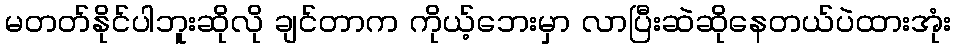
မတတ်နိုင်ပါဘူးဆိုလို ချင်တာက ကိုယ့်ဘေးမှာ လာပြီးဆဲဆိုနေတယ်ပဲထားအုံး